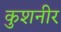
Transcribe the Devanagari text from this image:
कुशनीर